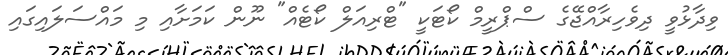
ވިދާޅުވީ ދިވެހިރާއްޖޭގެ ސްޕްރީމް ކޯޓަކީ "ޓްރިއަލް ކޯޓެއް" ނޫން ކަމަށާއި މި މައްސަލައިގައި